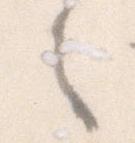
者